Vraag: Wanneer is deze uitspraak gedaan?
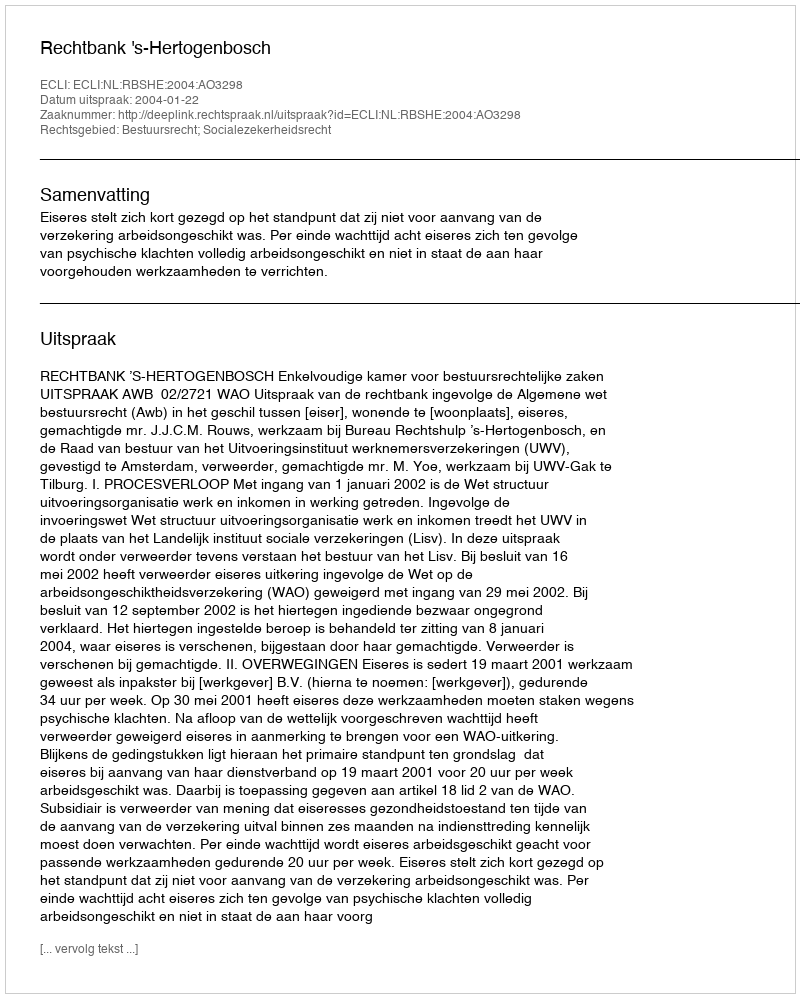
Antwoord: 2004-01-22